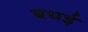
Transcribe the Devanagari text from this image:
बधई